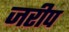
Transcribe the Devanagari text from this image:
जरीप